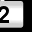
Digit: 2